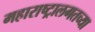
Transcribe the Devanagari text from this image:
महाराष्ट्रालगतच्या